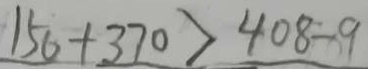
1 5 0 + 3 7 0 > 4 0 8 - 9